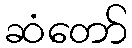
ဆံတော်